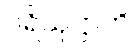
ပရိယုဋ္ဌာတိ